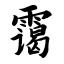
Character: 霭